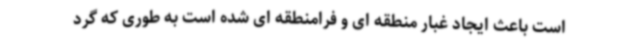
است باعث ایجاد غبار منطقه ای و فرامنطقه ای شده است به طوری که گرد